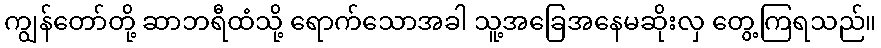
ကျွန်တော်တို့ ဆာဘရီထံသို့ ရောက်သောအခါ သူ့အခြေအနေမဆိုးလှ တွေ့ကြရသည်။